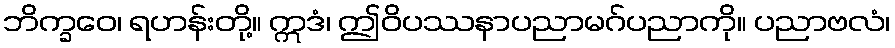
ဘိက္ခဝေ၊ ရဟန်းတို့။ ဣဒံ၊ ဤဝိပဿနာပညာမဂ်ပညာကို။ ပညာဗလံ၊